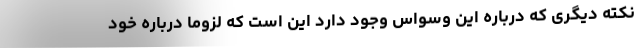
نکته دیگری که درباره این وسواس وجود دارد این است که لزوما درباره خود